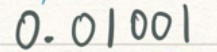
0.01001